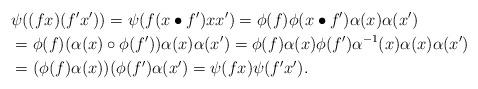
LaTeX: \begin{align*}&\psi((fx)(f'x'))=\psi(f(x\bullet f')xx')=\phi(f)\phi(x\bullet f')\alpha(x)\alpha(x')\\&=\phi(f)(\alpha(x)\circ\phi(f'))\alpha(x)\alpha(x')=\phi(f)\alpha(x)\phi(f')\alpha^{-1}(x)\alpha(x)\alpha(x')\\&=(\phi(f)\alpha(x))(\phi(f')\alpha(x')=\psi(fx)\psi(f'x').\end{align*}